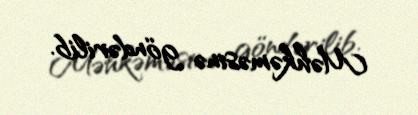
Məhkəməsinə göndərilib.